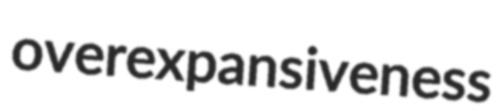
overexpansiveness